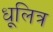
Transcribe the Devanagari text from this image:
धूलित्र